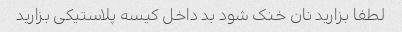
لطفا بزارید نان خنک شود بد داخل کیسه پلاستیکی بزارید